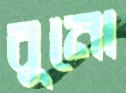
বুনো